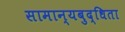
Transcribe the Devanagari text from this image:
सामान्यबुद्धिता